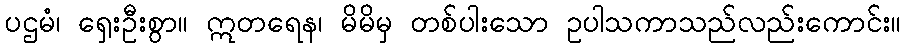
ပဌမံ၊ ရှေးဦးစွာ။ ဣတရေန၊ မိမိမှ တစ်ပါးသော ဥပါသကာသည်လည်းကောင်း။